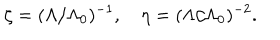
\zeta = ( \Lambda / \Lambda _ { 0 } ) ^ { - 1 } , \eta = ( \Lambda / \Lambda _ { 0 } ) ^ { - 2 } .